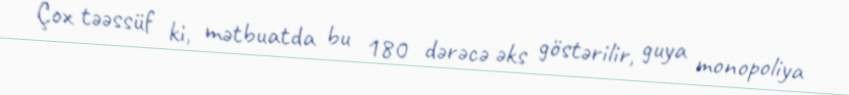
Çox təəssüf ki, mətbuatda bu 180 dərəcə əks göstərilir, guya monopoliya